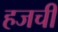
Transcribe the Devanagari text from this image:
हजची